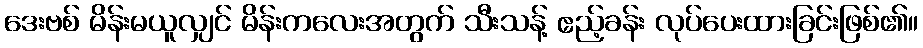
ဒေးဗစ် မိန်းမယူလျှင် မိန်းကလေးအတွက် သီးသန့် ဧည့်ခန်း လုပ်ပေးထားခြင်းဖြစ်၏။